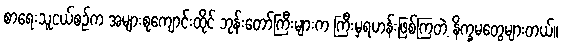
စာရေးသူငယ်စဉ်က အများစုကျောင်းထိုင် ဘုန်းတော်ကြီးများက ကြီးမှရဟန်းဖြစ်ကြတဲ့ နိက္ခမတွေများတယ်။